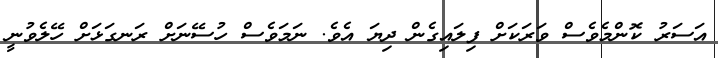
އަސަރު ކޮންމެވެސް ވަރަކަށް ފިލައިގެން ދިޔަ އެވެ. ނަމަވެސް ހުސޭނަށް ރަނގަޅަށް ހޭލެވުނީ